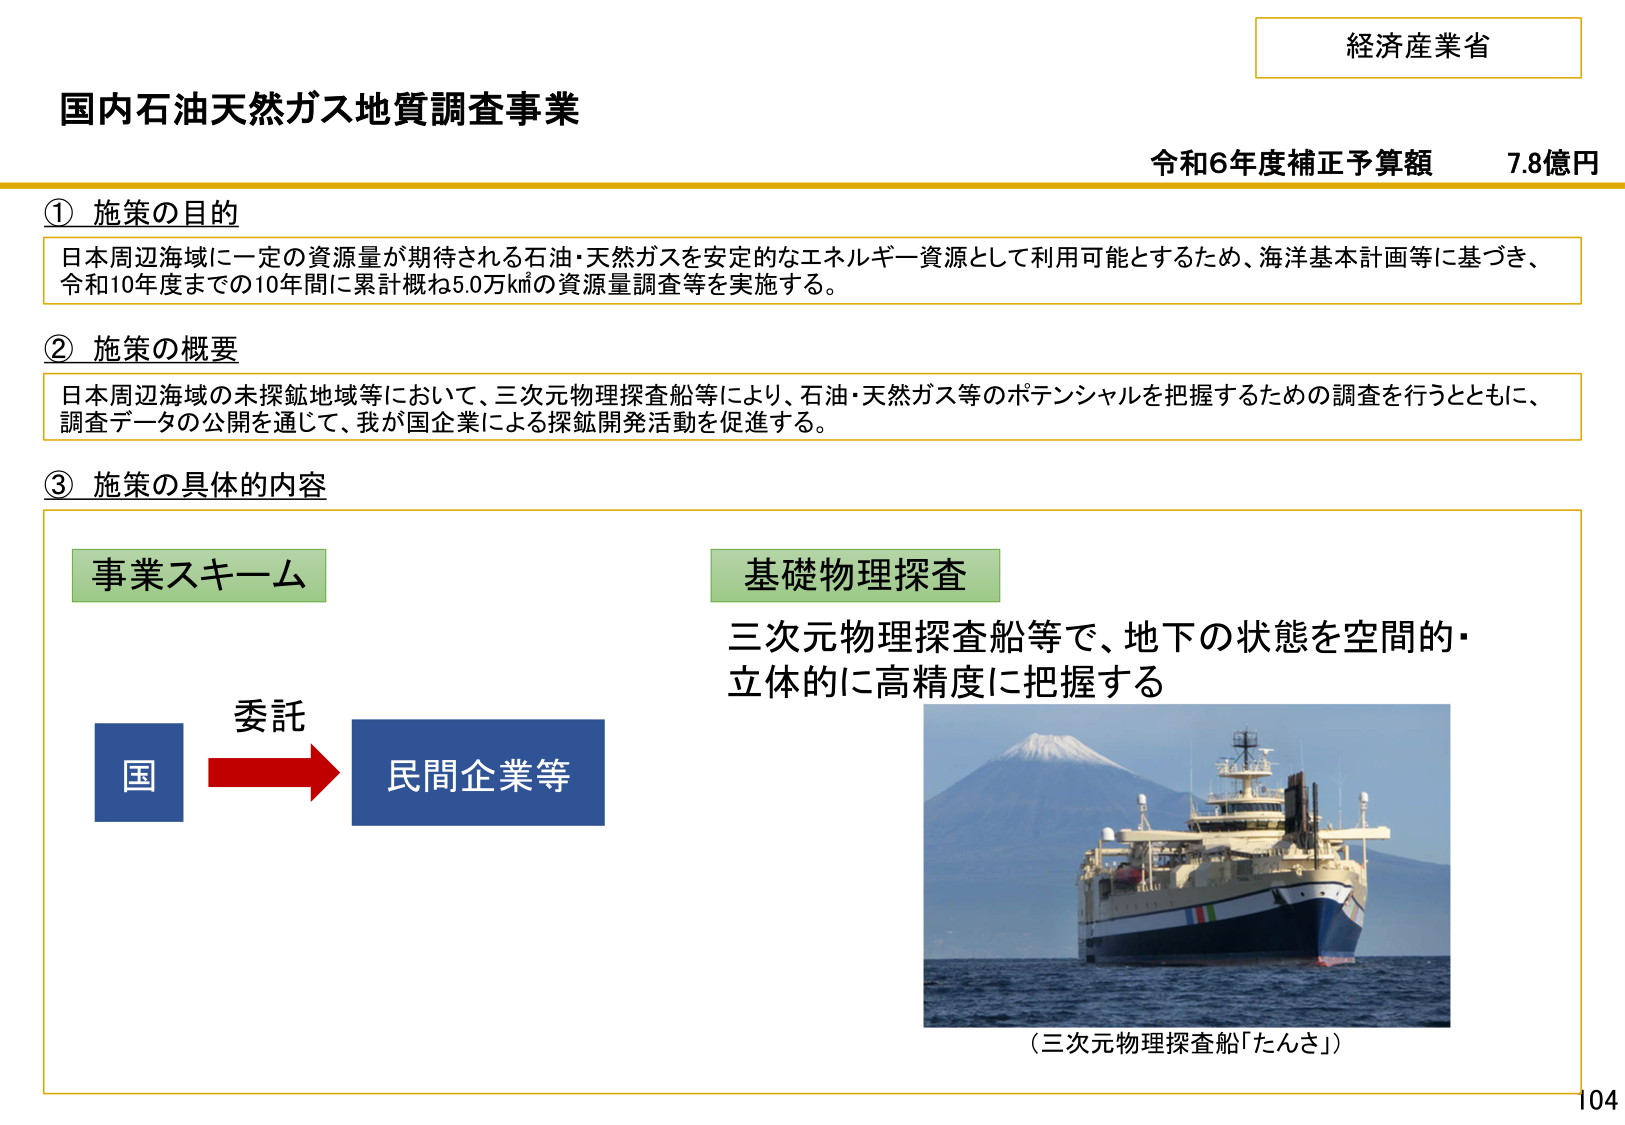
経済産業省
国内石油天然ガス地質調査事業
令和6年度補正予算額 7.8億円

① 施策の目的
日本周辺海域に一定の資源量が期待される石油・天然ガスを安定的なエネルギー資源として利用可能とするため、海洋基本計画等に基づき、
令和10年度までの10年間に累計概ね5.0万㎢の資源量調査等を実施する。

② 施策の概要
日本周辺海域の未探鉱地域等において、三次元物理探査船等により、石油・天然ガス等のポテンシャルを把握するための調査を行うとともに、
調査データの公開を通じて、我が国企業による探鉱開発活動を促進する。

③ 施策の具体的な内容

事業スキーム
国 → 委託 → 民間企業等

基礎物理探査
三次元物理探査船等で、地下の状態を空間的・立体的に高精度に把握する

（三次元物理探査船「たんさ」）

104